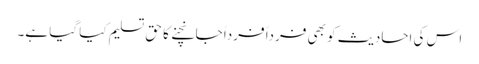
اس کی احادیث کو بھی فرداً فرداً جانچنے کا حق تسلیم کیا گیا ہے۔